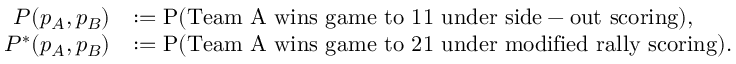
\begin{array} { r l } { P ( p _ { A } , p _ { B } ) } & { : = \mathrm { P } ( \mathrm { T e a m ~ A ~ w i n s ~ g a m e ~ t o ~ 1 1 ~ u n d e r ~ s i d e - o u t ~ s c o r i n g } ) , } \\ { P ^ { * } ( p _ { A } , p _ { B } ) } & { : = \mathrm { P } ( \mathrm { T e a m ~ A ~ w i n s ~ g a m e ~ t o ~ 2 1 ~ u n d e r ~ m o d i f i e d ~ r a l l y ~ s c o r i n g } ) . } \end{array}